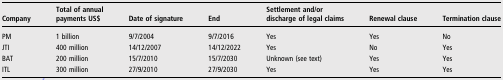
<table><thead><tr><td><b>Company</b></td><td><b>Total of annual payments US$</b></td><td><b>Date of signature</b></td><td><b>End</b></td><td><b>Settlement and/or discharge of legal claims</b></td><td><b>Renewal clause</b></td><td><b>Termination clause</b></td></tr></thead><tbody><tr><td>PM</td><td>1 billion</td><td>9/7/2004</td><td>9/7/2016</td><td>Yes</td><td>Yes</td><td>No</td></tr><tr><td>JTI</td><td>400 million</td><td>14/12/2007</td><td>14/12/2022</td><td>Yes</td><td>No</td><td>Yes</td></tr><tr><td>BAT</td><td>200 million</td><td>15/7/2010</td><td>15/7/2030</td><td>Unknown (see text)</td><td>Yes</td><td>Yes</td></tr><tr><td>ITL</td><td>300 million</td><td>27/9/2010</td><td>27/9/2030</td><td>Yes</td><td>Yes</td><td>Yes</td></tr></tbody></table>